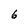
Character: 6